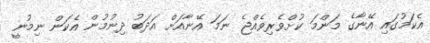
އެކަމުގައި އޭނާގެ މަންމަ ކުށްވެރިވެއްޖެ ނަމަ އޭނާއަށް އަދަބު ދިނުމުން އެކަން ނިމުނީ